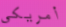
أمريكي